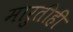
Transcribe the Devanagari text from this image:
मारुतीही